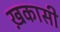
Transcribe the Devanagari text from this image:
ख़कासी